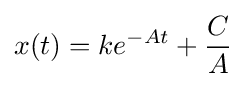
x(t)=ke^{-At}+{\frac {C}{A}}